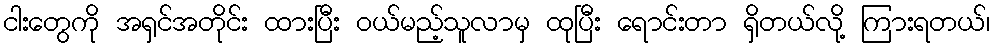
ငါးတွေကို အရှင်အတိုင်း ထားပြီး ဝယ်မည့်သူလာမှ ထုပြီး ရောင်းတာ ရှိတယ်လို့ ကြားရတယ်၊